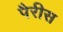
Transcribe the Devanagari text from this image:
पैरीस